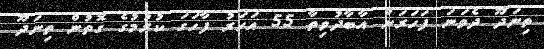
ތިނަދޫ ދެވަނަ ފަހަރަށް އާބާދުވިތާ 55 އަހަރު ފާހަގަ ކުރުމުގެ ގޮތުން ތިނަދޫ